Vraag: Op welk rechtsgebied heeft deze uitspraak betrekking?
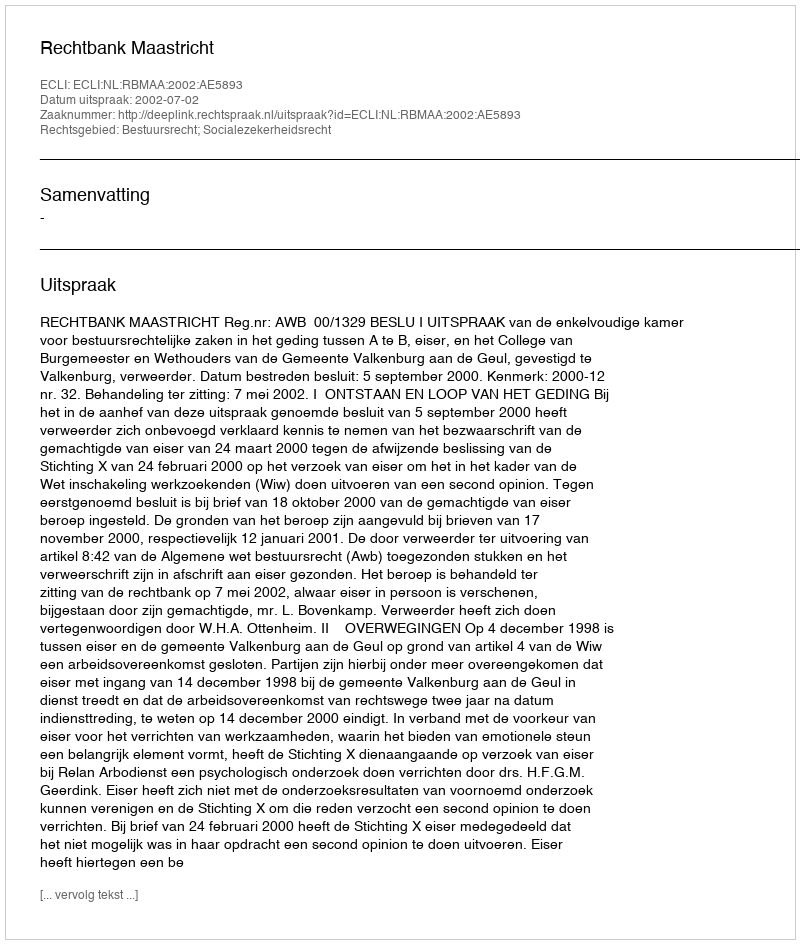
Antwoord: Bestuursrecht; Socialezekerheidsrecht